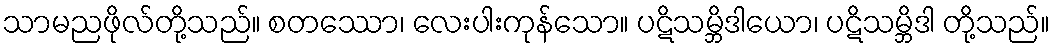
သာမညဖိုလ်တို့သည်။ စတဿော၊ လေးပါးကုန်သော။ ပဋိသမ္ဘိဒါယော၊ ပဋိသမ္ဘိဒါ တို့သည်။